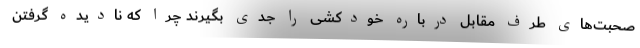
صحبت‌های طرف مقابل درباره خودکشی را جدی بگیرند چرا که نادیده گرفتن